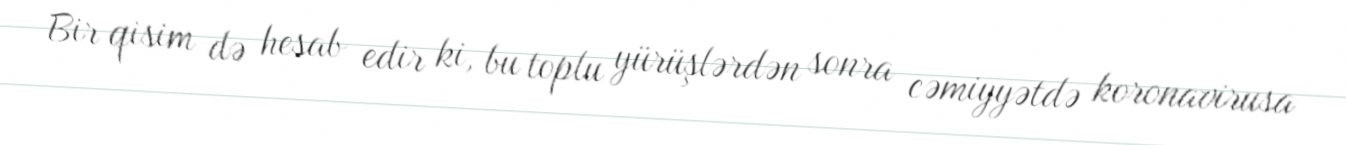
Bir qisim də hesab edir ki, bu toplu yürüşlərdən sonra cəmiyyətdə koronavirusa